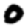
Digit: 0